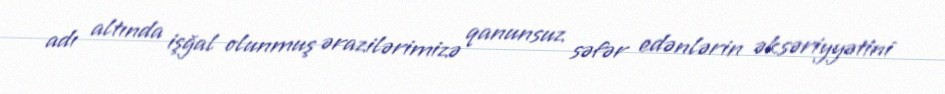
adı altında işğal olunmuş ərazilərimizə qanunsuz səfər edənlərin əksəriyyətini